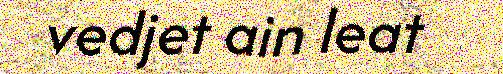
vedjet ain leat